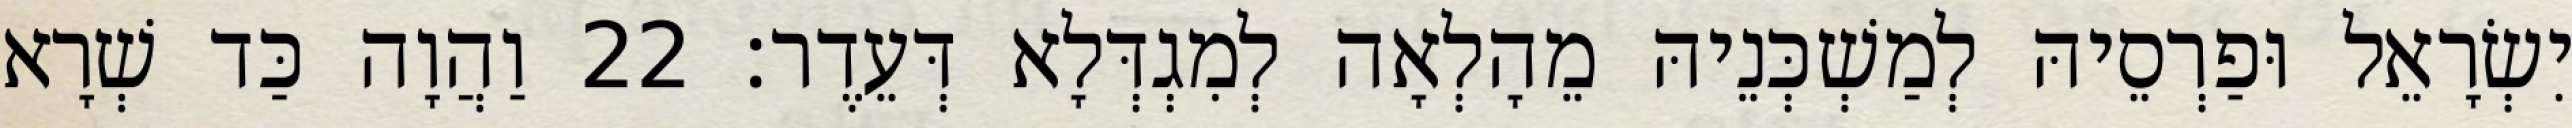
יִשְׂרָאֵל וּפַרְסֵיהּ לְמַשְׁכְּנֵיהּ מֵהָלְאָה לְמִגְדְּלָא דְּעֵדֶר׃ 22 וַהֲוָה כַּד שְׁרָא